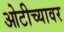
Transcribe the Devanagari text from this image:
ओटीच्यावर